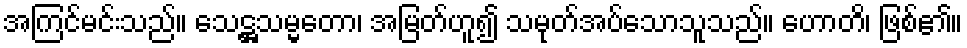
အကြင်မင်းသည်။ သေဋ္ဌသမ္မတော၊ အမြတ်ဟူ၍ သမုတ်အပ်သောသူသည်။ ဟောတိ၊ ဖြစ်၏။